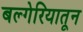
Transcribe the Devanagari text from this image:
बल्गेरियातून